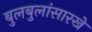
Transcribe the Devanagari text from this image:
बुलबुलांसारखे